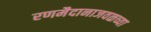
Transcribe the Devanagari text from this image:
रणमैदानाजवळच्या